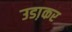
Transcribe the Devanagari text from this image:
उडा़कर